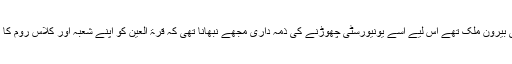
خلیل بھائی بیرونِ ملک تھے اس لیے اسے یونیورسٹی چھوڑنے کی ذمہ داری مجھے نبھانا تھی کہ قرۃ العین کو اپنے شعبہ اور کلاس روم کا علم نہ تھا۔